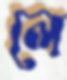
লে